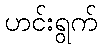
ဟင်းရွက်